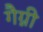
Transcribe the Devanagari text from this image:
गैग्नी